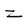
Character: Z